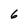
Character: 6